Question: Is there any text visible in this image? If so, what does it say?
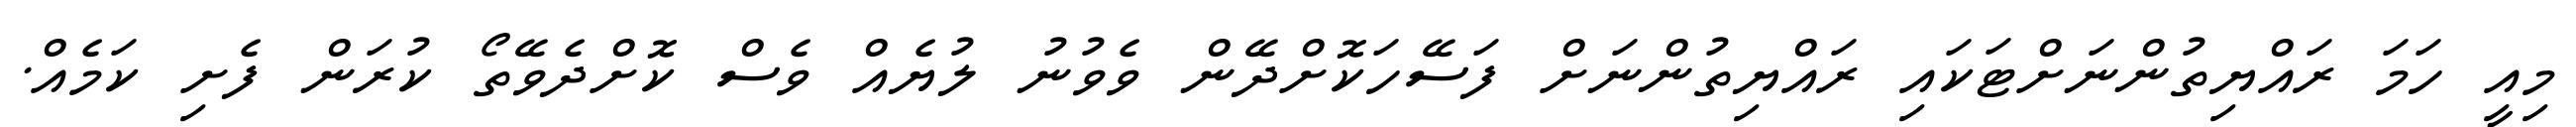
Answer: މިއީ ހަމަ ރައްޔިތުންނަށްޓަކައި ރައްޔިތުންނަށް ފަސޭހަކޮށްދޭން ވެވުނު ލުޔެއް ވެސް ކޮށްދެވޭތޯ ކުރަން ފެށި ކަމެއް.